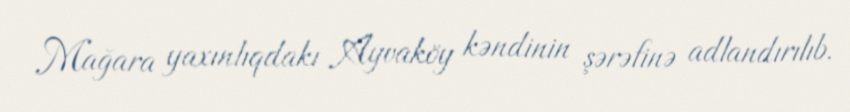
Mağara yaxınlıqdakı Ayvaköy kəndinin şərəfinə adlandırılıb.